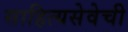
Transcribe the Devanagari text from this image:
साहित्यसेवेची